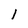
Character: l